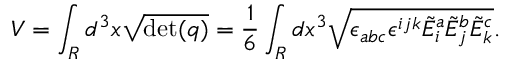
V = \int _ { R } d ^ { 3 } x { \sqrt { \operatorname* { d e t } ( q ) } } = { \frac { 1 } { 6 } } \int _ { R } d x ^ { 3 } { \sqrt { \epsilon _ { a b c } \epsilon ^ { i j k } { \tilde { E } } _ { i } ^ { a } { \tilde { E } } _ { j } ^ { b } { \tilde { E } } _ { k } ^ { c } } } .